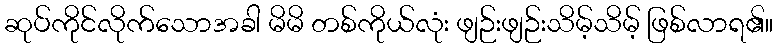
ဆုပ်ကိုင်လိုက်သောအခါ မိမိ တစ်ကိုယ်လုံး ဖျဉ်းဖျဉ်းသိမ့်သိမ့် ဖြစ်လာရ၏။